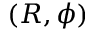
( R , \phi )